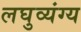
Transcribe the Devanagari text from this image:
लघुव्यंग्य